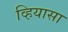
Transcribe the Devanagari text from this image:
व्हियासा